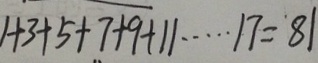
1 + 3 + 5 + 7 + 9 + 1 1 \cdots 1 7 = 8 1